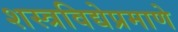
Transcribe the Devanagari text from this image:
शस्त्रविद्येप्रमाणे